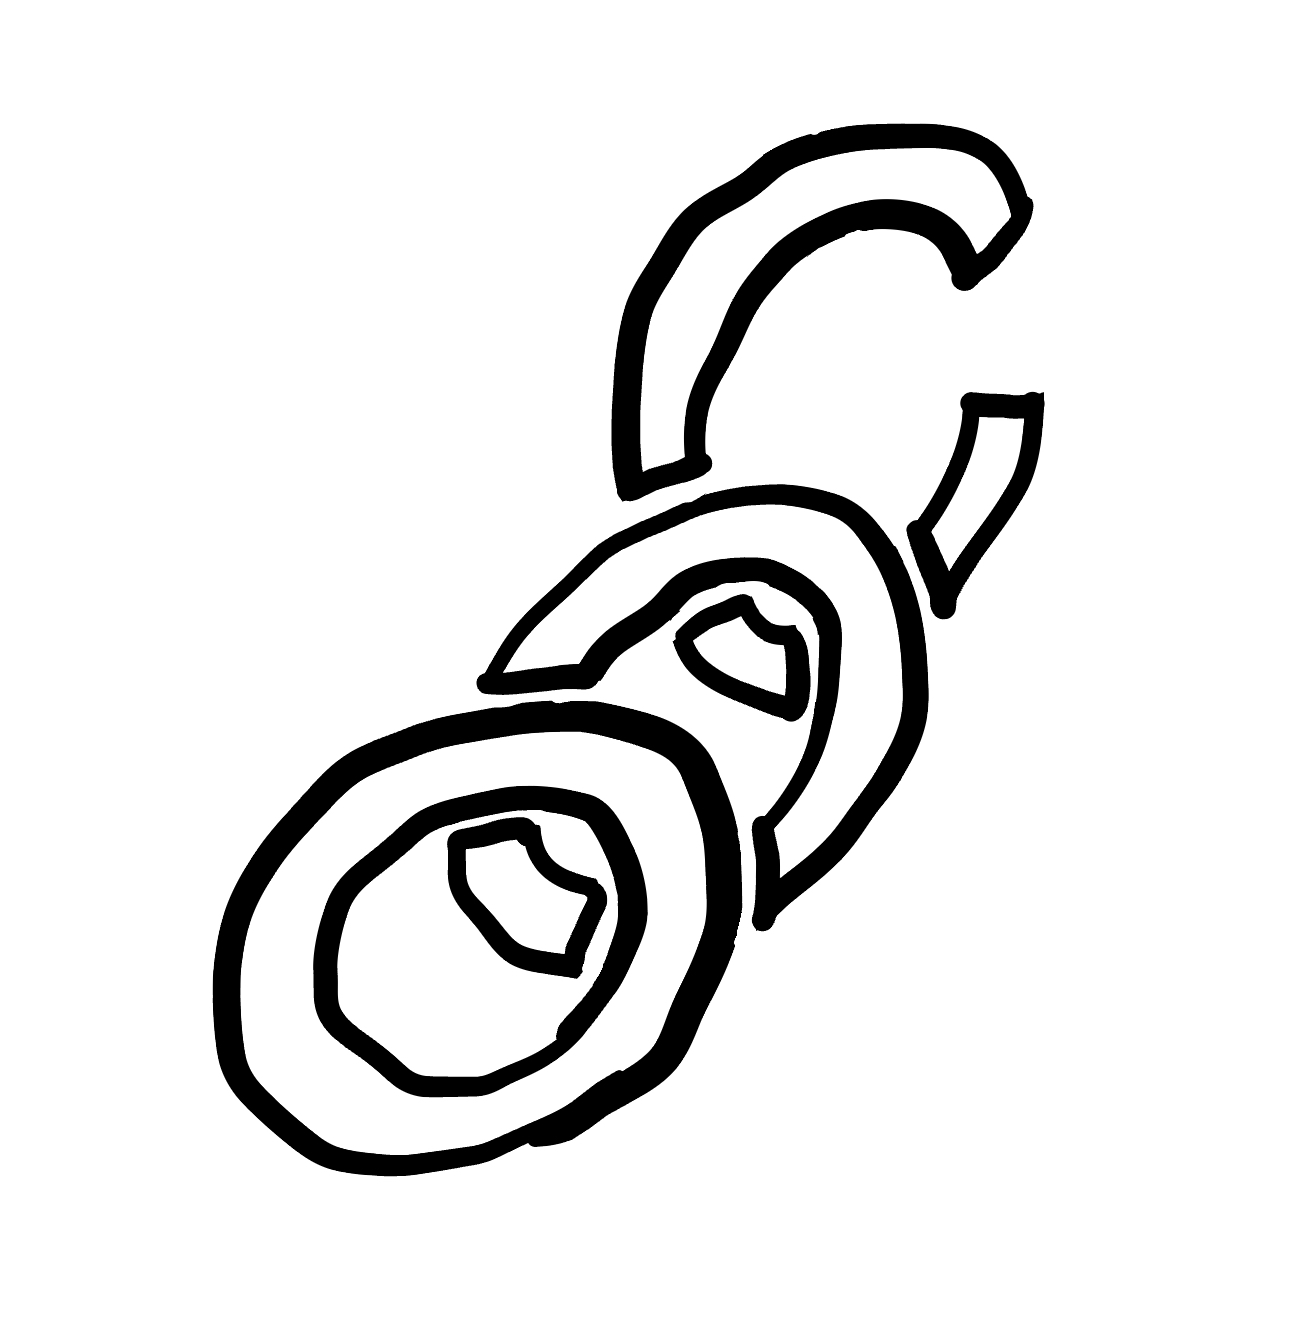
Number of regions (including the outer root region): 8
Containment tree edges (parent, child): 0, 1, 0, 4, 0, 5, 0, 6, 0, 7, 1, 2, 2, 3